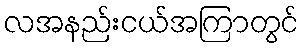
လအနည်းငယ်အကြာတွင်